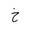
Letter: _kha